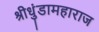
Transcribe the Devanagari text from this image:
श्रीधुंडामहाराज